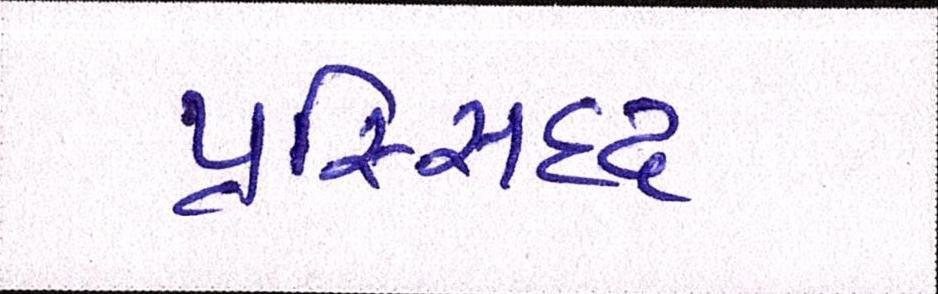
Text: પ્રસ્સિદ્ધ